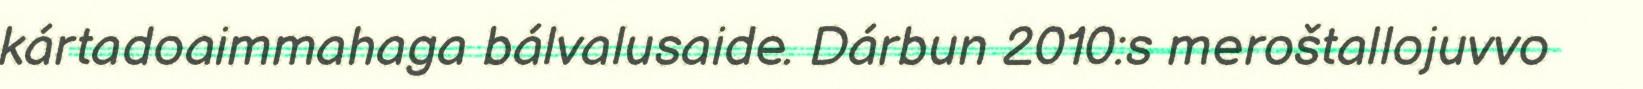
kártadoaimmahaga bálvalusaide. Dárbun 2010:s meroštallojuvvo